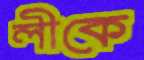
লীকে